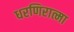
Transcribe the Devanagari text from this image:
धरणिरात्मा